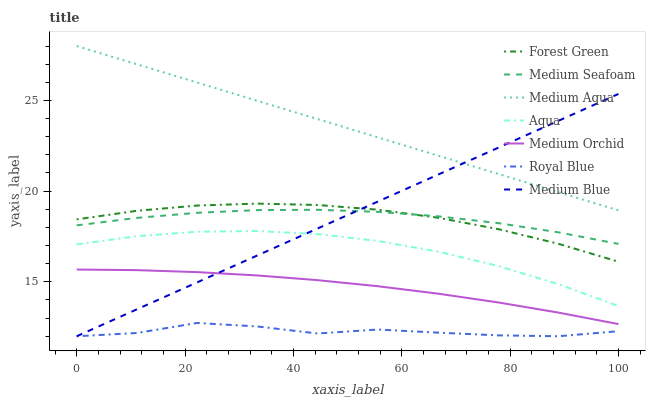
| xaxis_label | Forest Green | Medium Seafoam | Medium Aqua | Aqua | Medium Orchid | Royal Blue | Medium Blue |
 | --- | --- | --- | --- | --- | --- | --- | --- |
 | 0 | 18.4 | 18.1 | 28 | 17.1 | 15.7 | 12 | 12 |
 | 11.1 | 18.9 | 18.5 | 27 | 17.5 | 15.6 | 12.2 | 13.5 |
 | 22.2 | 19.2 | 18.8 | 26 | 17.8 | 15.5 | 12.7 | 15 |
 | 33.3 | 19.3 | 19 | 25 | 17.8 | 15.4 | 12.5 | 16.5 |
 | 44.4 | 19.2 | 19 | 24 | 17.6 | 15.1 | 12.2 | 17.9 |
 | 55.6 | 19 | 18.9 | 23 | 17.3 | 14.8 | 12.4 | 19.4 |
 | 66.7 | 18.5 | 18.6 | 22 | 16.7 | 14.3 | 12.2 | 20.9 |
 | 77.8 | 17.9 | 18.2 | 21 | 15.9 | 13.9 | 12 | 22.4 |
 | 88.9 | 17.1 | 17.7 | 19.9 | 14.9 | 13.3 | 12 | 23.9 |
 | 100 | 16.1 | 17.1 | 18.9 | 13.7 | 12.7 | 12.3 | 25.4 |